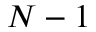
N - 1